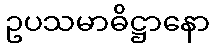
ဥပသမာဓိဋ္ဌာနော